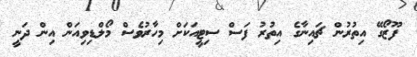
ފޫޒޯގޭ އިތުރުން ޗައިނާގެ އިތުރު ފަސް ސިޓީއަކަށް މިހާރުވެސް މޯލްޑިވިއަން އިން ދަނީ